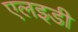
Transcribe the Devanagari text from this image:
एलइडी